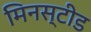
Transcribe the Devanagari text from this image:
मिनस्टीड